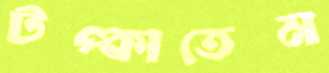
টপ্‌কাতেম